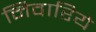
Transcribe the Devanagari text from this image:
निवारिये